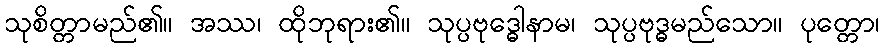
သုစိတ္တာမည်၏။ အဿ၊ ထိုဘုရား၏။ သုပ္ပဗုဒ္ဓေါနာမ၊ သုပ္ပဗုဒ္ဓမည်သော။ ပုတ္တော၊